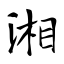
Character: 湘